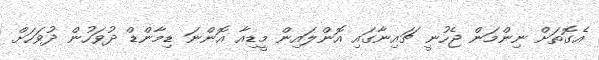
އެގޮތަށް ނިންމަން ޖެހުނީ ޗައިނާގައި އޮންލައިން މީޑިއާ އޮންނަ ޑިމާންޑް ދުވަހުން ދުވަހަށް